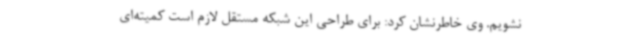
نشویم. وی خاطرنشان کرد: برای طراحی این شبکه مستقل لازم‌ است کمیته‌ای